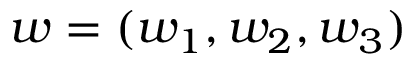
w = ( w _ { 1 } , w _ { 2 } , w _ { 3 } )